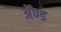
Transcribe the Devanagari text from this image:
ॲण्‍ड